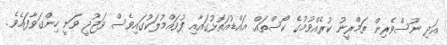
އަދި ނޫސްވެރިން ތަމްރީނު ކުރެއްވުމުގެ ކޯސްތައް އައްޑުއަތޮޅުގައާއި ފުވައްމުލަކުގައިވެސް ވަޖުދީ ވަނީ ހިންގަވާފައެވެ.